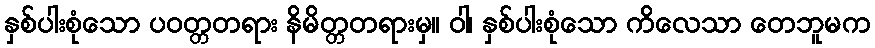
နှစ်ပါးစုံသော ပဝတ္တတရား နိမိတ္တတရားမှ။ ဝါ၊ နှစ်ပါးစုံသော ကိလေသာ တေဘူမက